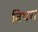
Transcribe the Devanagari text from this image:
विथरा